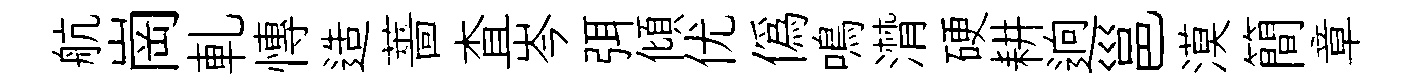
航崗軋慱造薔查岑弭傾优僞鳴潸硬耕逈邕漠簡章